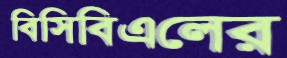
বিসিবিএলের